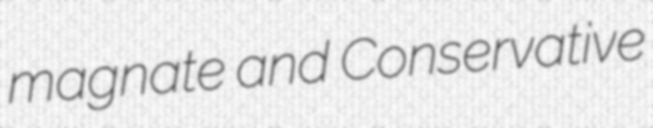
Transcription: magnate and Conservative